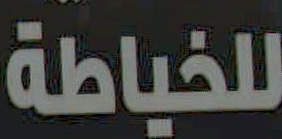
للخياطة